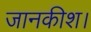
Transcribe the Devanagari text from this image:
जानकीश।